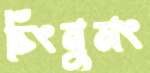
চিংনুমং